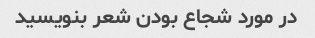
در مورد شجاع بودن شعر بنویسید